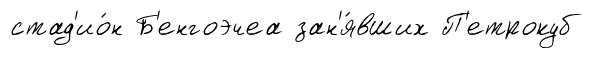
стад'ио́н Б'енгоэчеа зан'я́вших П'етрокуб